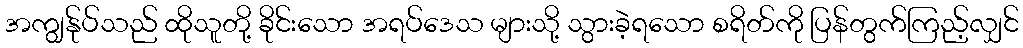
အကျွန်ုပ်သည် ထိုသူတို့ ခိုင်းသော အရပ်ဒေသ များသို့ သွားခဲ့ရသော စရိတ်ကို ပြန်တွက်ကြည့်လျှင်